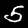
Label: 5